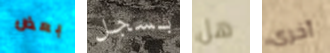
بعض بسجل هل أخرى